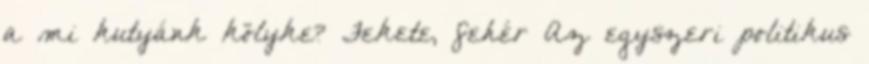
a mi kutyánk kölyke? Fekete, fehér Az egyszeri politikus